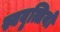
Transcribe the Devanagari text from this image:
स्ववृत्तियों